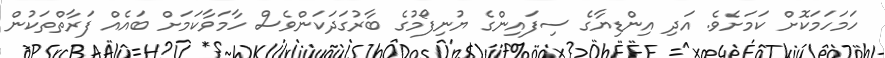
ހަމަހަމަކޮށް ކަމަށެވެ. އަދި އިންޑިޔާގެ ސިފައިންގެ ޔުނިފޯމުގެ ބާރުގަދަކަންވެސް ހާމަވާކަމަށް ބައެއް ފަރާތްތަކުން